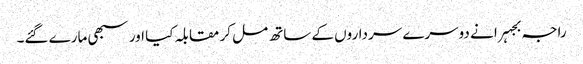
راجہ بجہرا نے دوسرے سرداروں کے ساتھ مل کر مقابلہ کیا اور سبھی مارے گئے۔